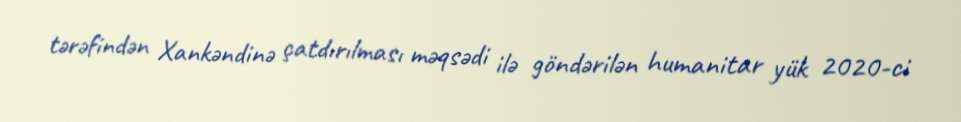
tərəfindən Xankəndinə çatdırılması məqsədi ilə göndərilən humanitar yük 2020-ci